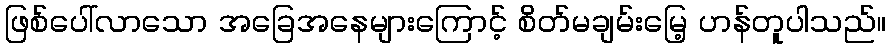
ဖြစ်ပေါ်လာသော အခြေအနေများကြောင့် စိတ်မချမ်းမြေ့ ဟန်တူပါသည်။